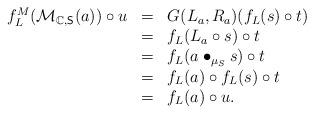
LaTeX: \begin{align*}\begin{array}{lll}f_L^M(\mathcal{M}_{\mathbb{C},\mathsf{S}}(a))\circ u&=&G(L_a,R_a)(f_L(s)\circ t)\\&=&f_L(L_a\circ s)\circ t\\&=&f_L(a\bullet_{\mu_S} s)\circ t\\&=&f_L(a)\circ f_L(s)\circ t\\&=&f_L(a)\circ u.\end{array} \end{align*}